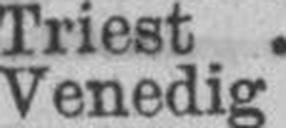
Venedig